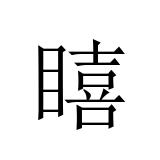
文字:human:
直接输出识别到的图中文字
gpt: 瞦